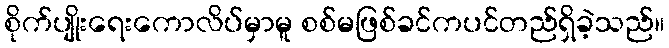
စိုက်ပျိုးရေးကောလိပ်မှာမူ စစ်မဖြစ်ခင်ကပင်တည်ရှိခဲ့သည်။